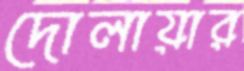
দোলায়ার